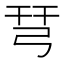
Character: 𢏗